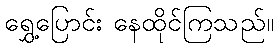
ရွှေ့ပြောင်း နေထိုင်ကြသည်။